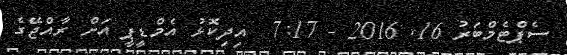
ސެޕްޓެމްބަރު 16